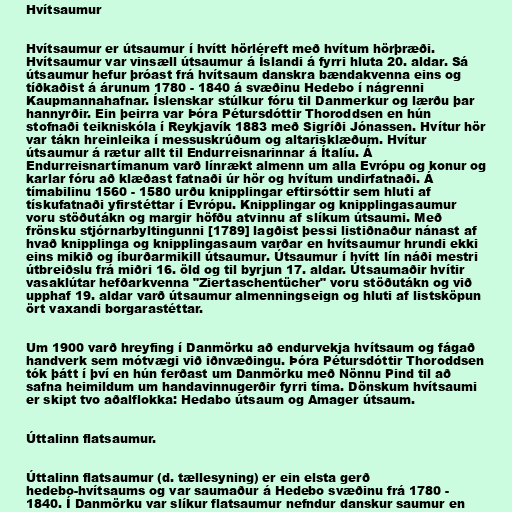
Hvítsaumur

Hvítsaumur er útsaumur í hvítt hörléreft með hvítum hörþræði.
Hvítsaumur var vinsæll útsaumur á Íslandi á fyrri hluta 20. aldar. Sá
útsaumur hefur þróast frá hvítsaum danskra bændakvenna eins og
tíðkaðist á árunum 1780 - 1840 á svæðinu Hedebo í nágrenni
Kaupmannahafnar. Íslenskar stúlkur fóru til Danmerkur og lærðu þar
hannyrðir. Ein þeirra var Þóra Pétursdóttir Thoroddsen en hún
stofnaði teikniskóla í Reykjavík 1883 með Sigríði Jónassen. Hvítur hör
var tákn hreinleika í messuskrúðum og altarisklæðum. Hvítur
útsaumur á rætur allt til Endurreisnarinnar á Ítalíu. Á
Endurreisnartímanum varð línrækt almenn um alla Evrópu og konur og
karlar fóru að klæðast fatnaði úr hör og hvítum undirfatnaði. Á
tímabilinu 1560 - 1580 urðu knipplingar eftirsóttir sem hluti af
tískufatnaði yfirstéttar í Evrópu. Knipplingar og knipplingasaumur
voru stöðutákn og margir höfðu atvinnu af slíkum útsaumi. Með
frönsku stjórnarbyltingunni [1789] lagðist þessi listiðnaður nánast af
hvað knipplinga og knipplingasaum varðar en hvítsaumur hrundi ekki
eins mikið og íburðarmikill útsaumur. Útsaumur í hvítt lín náði mestri
útbreiðslu frá miðri 16. öld og til byrjun 17. aldar. Útsaumaðir hvítir
vasaklútar hefðarkvenna "Ziertaschentücher" voru stöðutákn og við
upphaf 19. aldar varð útsaumur almenningseign og hluti af listsköpun
ört vaxandi borgarastéttar.

Um 1900 varð hreyfing í Danmörku að endurvekja hvítsaum og fágað
handverk sem mótvægi við iðnvæðingu. Þóra Pétursdóttir Thoroddsen
tók þátt í því en hún ferðast um Danmörku með Nönnu Pind til að
safna heimildum um handavinnugerðir fyrri tíma. Dönskum hvítsaumi
er skipt tvo aðalflokka: Hedabo útsaum og Amager útsaum.

Úttalinn flatsaumur.

Úttalinn flatsaumur (d. tællesyning) er ein elsta gerð
hedebo-hvítsaums og var saumaður á Hedebo svæðinu frá 1780 -
1840. Í Danmörku var slíkur flatsaumur nefndur danskur saumur en